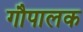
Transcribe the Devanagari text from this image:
गौपालक